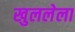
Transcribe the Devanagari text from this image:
खुललेला